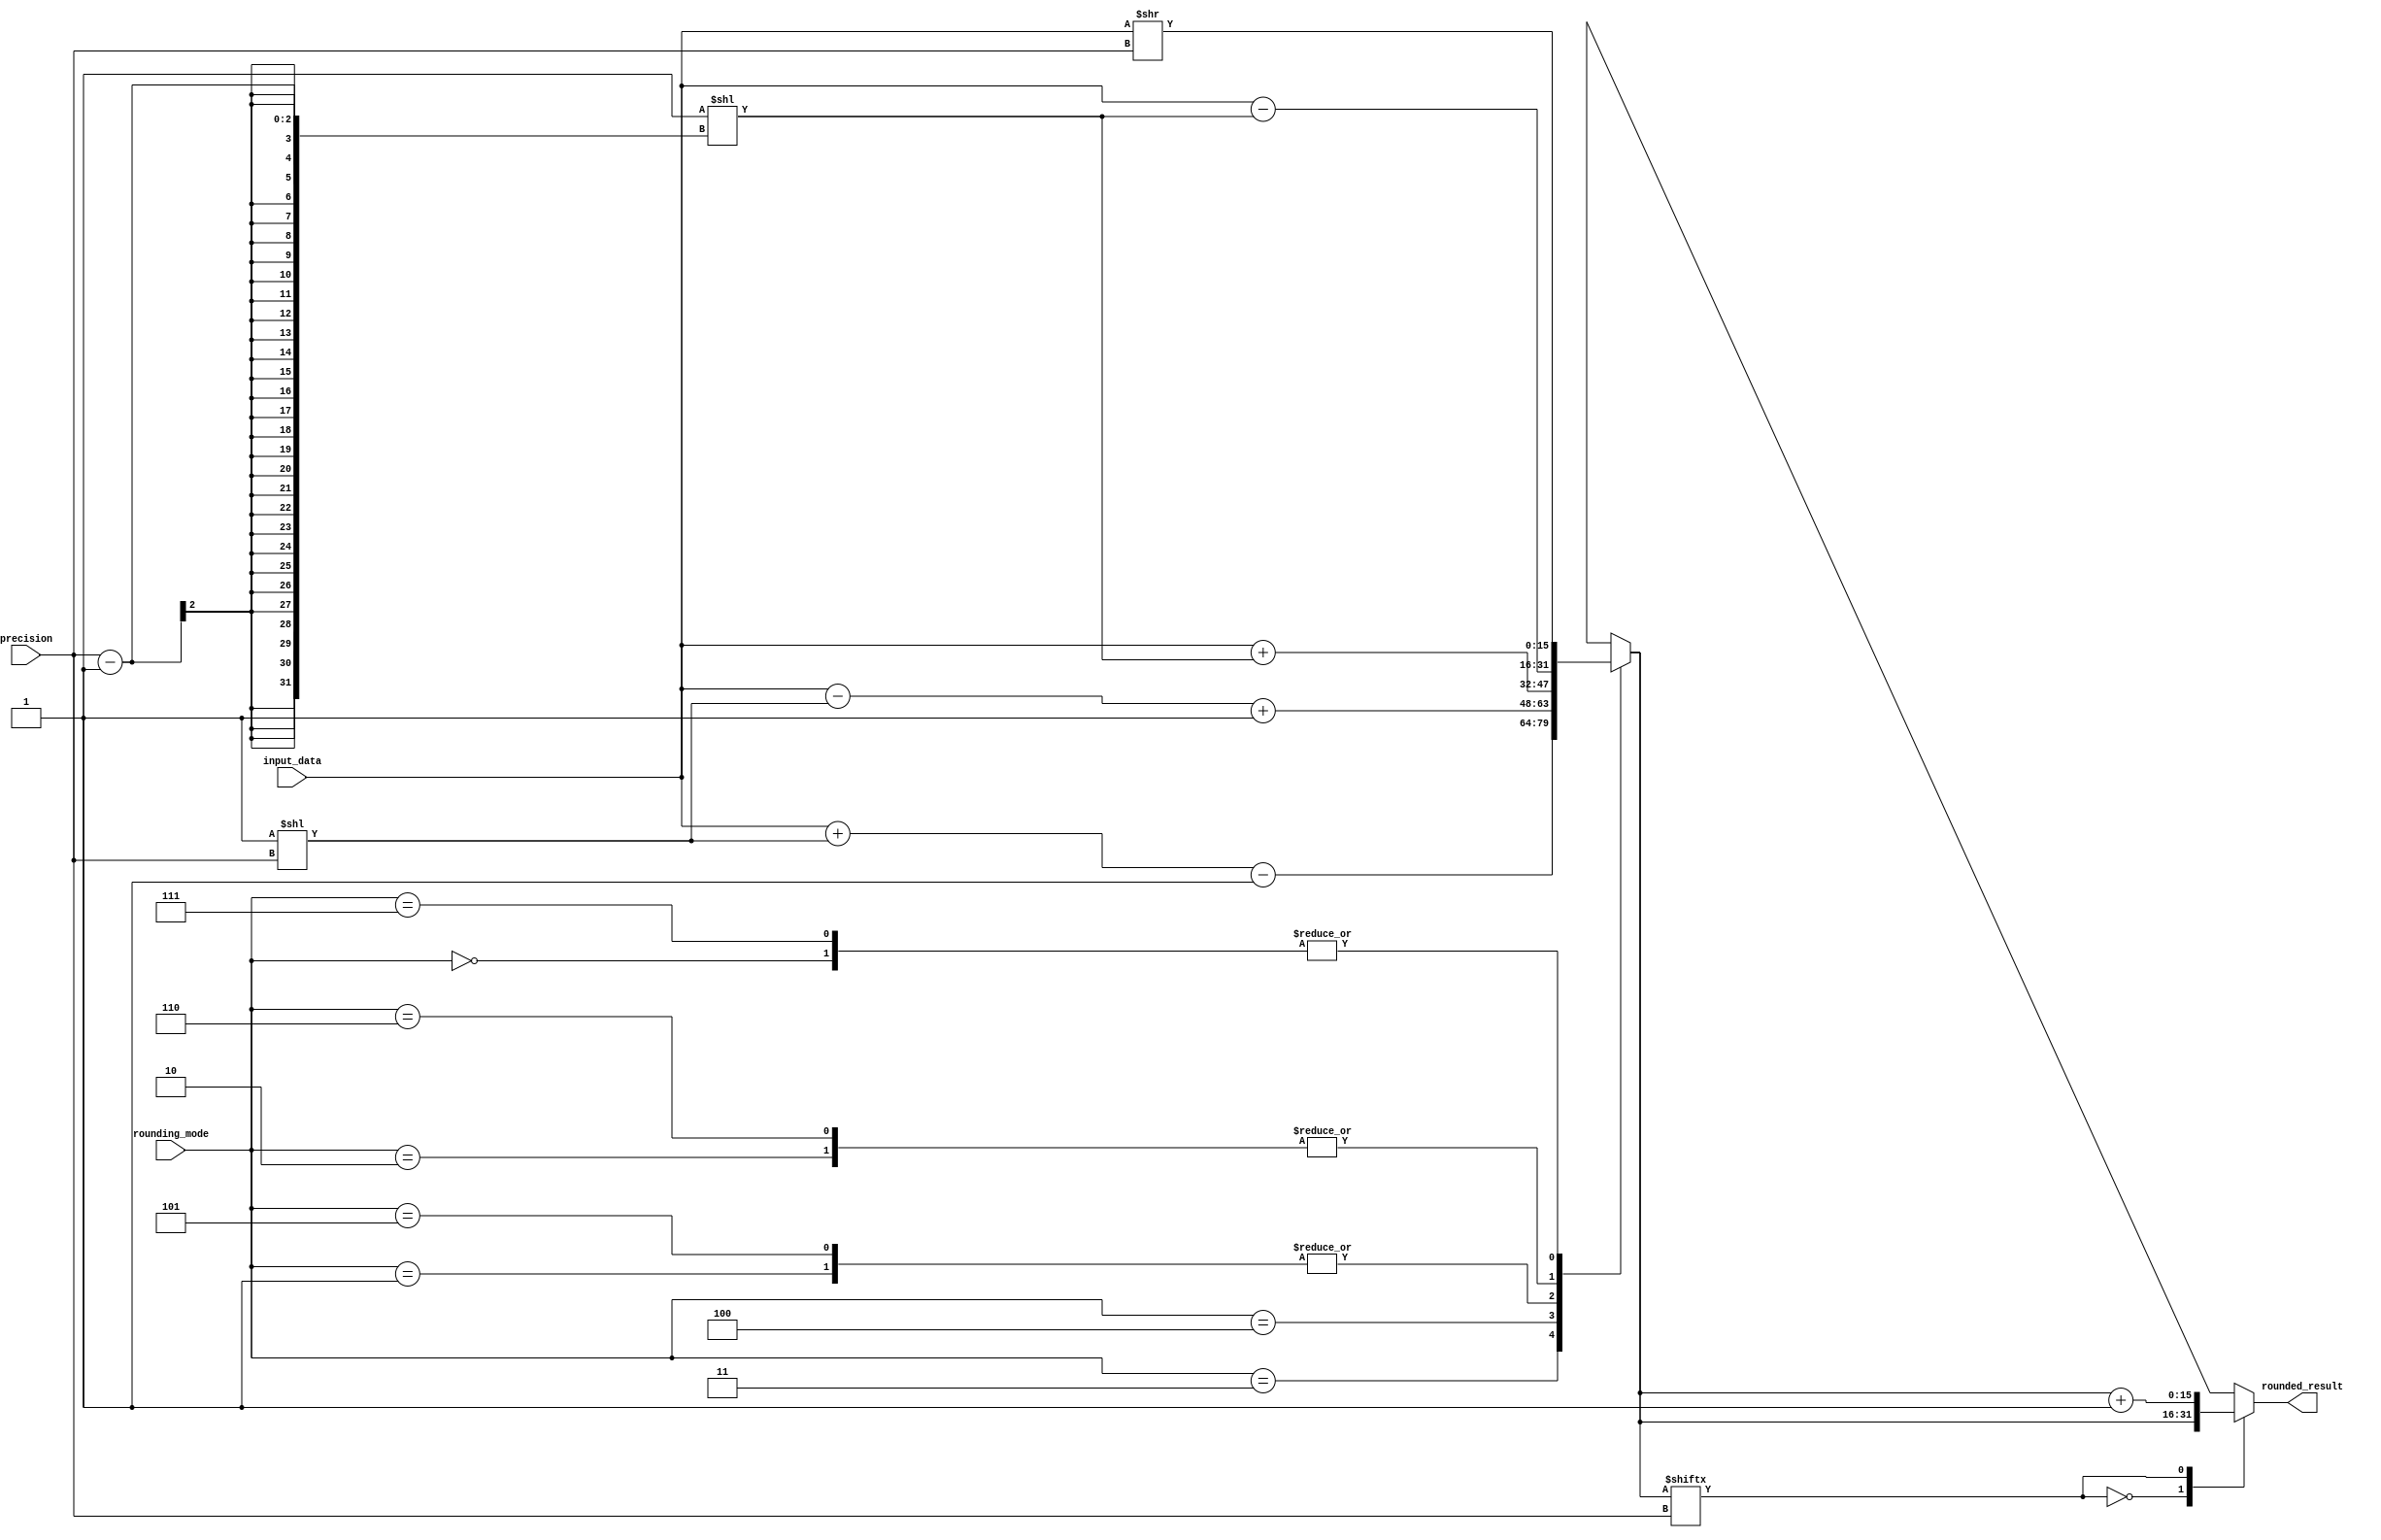
module fixed_point_rounding_unit (
    input [7:0] input_data,
    input [2:0] rounding_mode,
    input [1:0] precision,
    output reg [15:0] rounded_result
);

reg [15:0] temp_result;

always @ (input_data, rounding_mode, precision) begin
    case (rounding_mode)
        3'b000: temp_result = input_data >> precision;
        3'b001: temp_result = input_data + (1 << (precision - 1));
        3'b010: temp_result = input_data - (1 << (precision - 1));
        3'b011: temp_result = input_data + (1 << precision) - 1;
        3'b100: temp_result = input_data - (1 << precision) + 1;
        3'b101: temp_result = input_data + (1 << (precision - 1));
        3'b110: temp_result = input_data - (1 << (precision - 1));
        3'b111: temp_result = input_data >> precision;
    endcase
end

always @ (temp_result) begin
    case (temp_result[precision])
        0: rounded_result = temp_result;
        1: rounded_result = temp_result + 1;
    endcase
end

endmodule